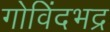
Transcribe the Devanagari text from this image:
गोविंदभद्र